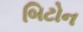
બિટોન